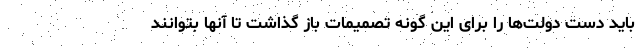
باید دست دولت‌ها را برای این گونه تصمیمات باز گذاشت تا آنها بتوانند